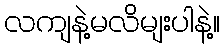
လကျနဲ့မလိမျးပါနဲ့။